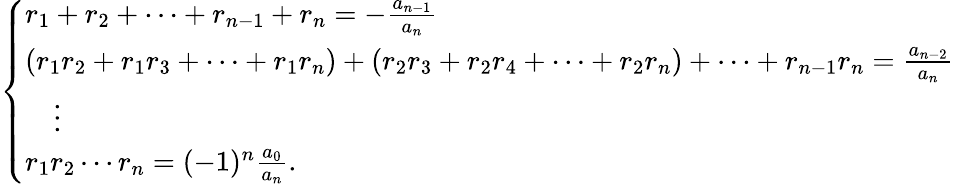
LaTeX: {\left\{ \begin{array}{ll}{r_{1}+r_{2}+\dots+r_{n-1}+r_{n}=-{\frac{a_{n-1}}{a_{n}}}}\\ {(r_{1}r_{2}+r_{1}r_{3}+\cdots+r_{1}r_{n})+(r_{2}r_{3}+r_{2}r_{4}+\cdots+r_{2}r_{n})+\cdots+r_{n-1}r_{n}={\frac{a_{n-2}}{a_{n}}}}\\ {\quad\vdots}\\ {r_{1}r_{2}\cdots r_{n}=(-1)^{n}{\frac{a_{0}}{a_{n}}}.}\end{array}\right.}